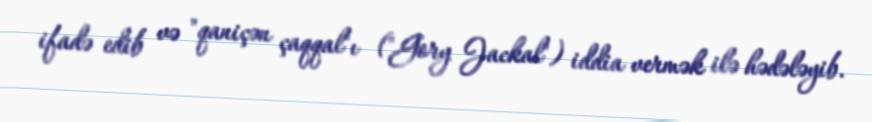
ifadə edib və "qaniçən çaqqal"ı ("Gory Jackal") iddia vermək ilə hədələyib.